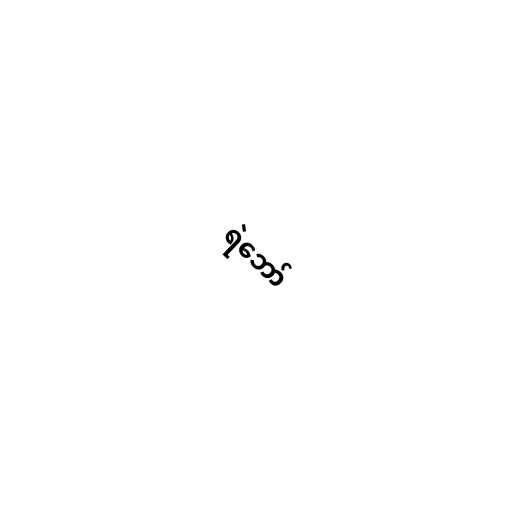
ရဲဘော်